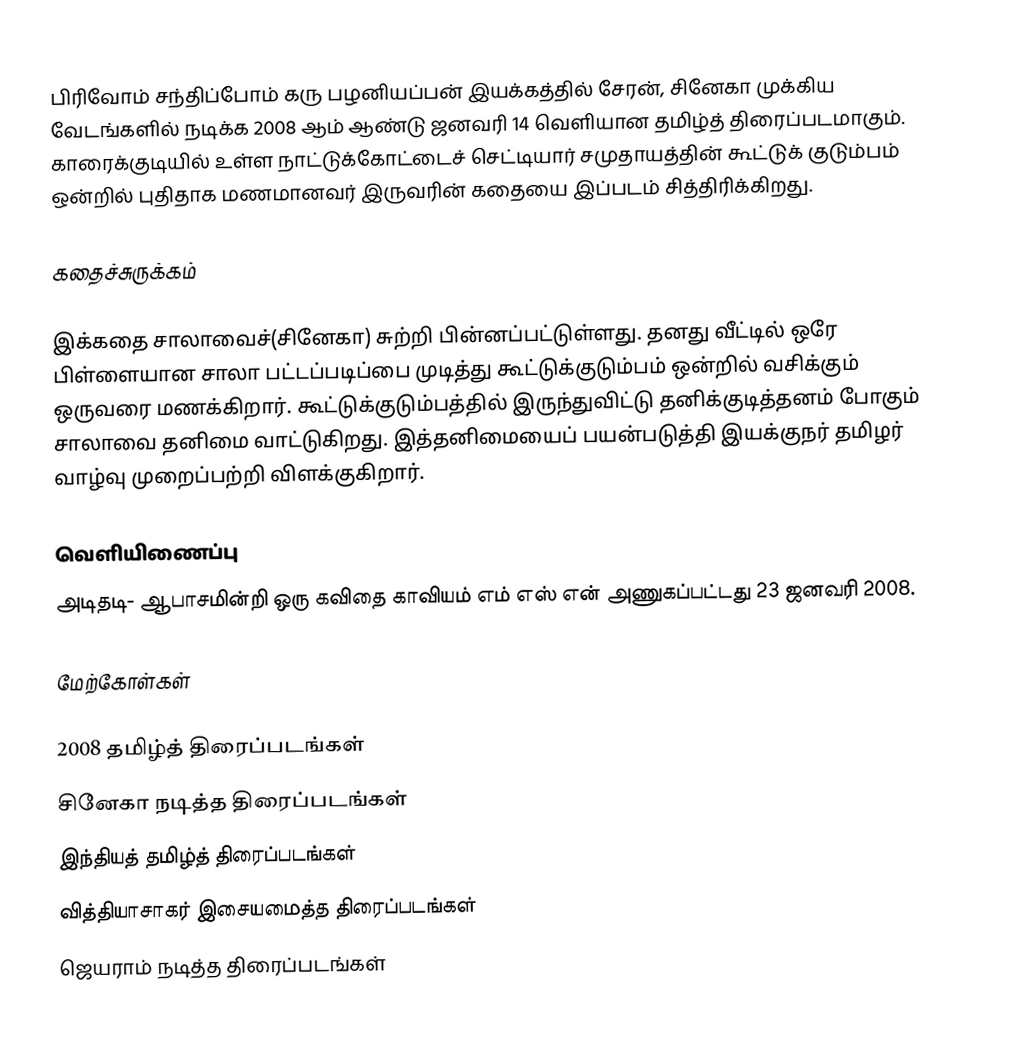
பிரிவோம் சந்திப்போம் கரு பழனியப்பன் இயக்கத்தில் சேரன், சினேகா முக்கிய வேடங்களில் நடிக்க 2008 ஆம் ஆண்டு ஜனவரி 14 வெளியான தமிழ்த் திரைப்படமாகும். காரைக்குடியில் உள்ள நாட்டுக்கோட்டைச் செட்டியார் சமுதாயத்தின் கூட்டுக் குடும்பம் ஒன்றில் புதிதாக மணமானவர் இருவரின் கதையை இப்படம் சித்திரிக்கிறது.

கதைச்சுருக்கம்

இக்கதை சாலாவைச்(சினேகா) சுற்றி பின்னப்பட்டுள்ளது. தனது வீட்டில் ஒரே பிள்ளையான சாலா பட்டப்படிப்பை முடித்து கூட்டுக்குடும்பம் ஒன்றில் வசிக்கும் ஒருவரை மணக்கிறார். கூட்டுக்குடும்பத்தில் இருந்துவிட்டு தனிக்குடித்தனம் போகும் சாலாவை தனிமை வாட்டுகிறது. இத்தனிமையைப் பயன்படுத்தி இயக்குநர் தமிழர் வாழ்வு முறைப்பற்றி விளக்குகிறார்.

வெளியிணைப்பு
அடிதடி- ஆபாசமின்றி ஒரு கவிதை காவியம் எம் எஸ் என் அணுகப்பட்டது 23 ஜனவரி 2008.

மேற்கோள்கள்

2008 தமிழ்த் திரைப்படங்கள்
சினேகா நடித்த திரைப்படங்கள்
இந்தியத் தமிழ்த் திரைப்படங்கள்
வித்தியாசாகர் இசையமைத்த திரைப்படங்கள்
ஜெயராம் நடித்த திரைப்படங்கள்